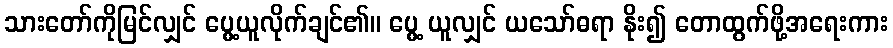
သားတော်ကိုမြင်လျှင် ပွေ့ယူလိုက်ချင်၏။ ပွေ့ ယူလျှင် ယသော်ဓရာ နိုး၍ တောထွက်ဖို့အရေးကား